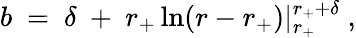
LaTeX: b~=~\delta~+~r_{+}\ln(r-r_{+})|_{r_{+}}^{r_{+}+\delta}~,